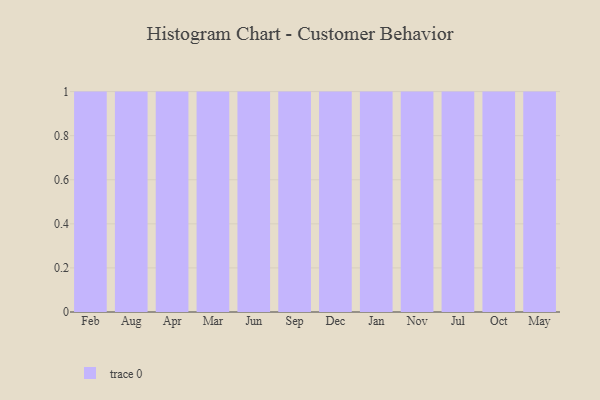
{"axis": {"x": "Month", "y": "Headcount"}, "legend": [""], "data": [{"x": "Feb", "y": 9, "type": ""}, {"x": "Aug", "y": 33, "type": ""}, {"x": "Apr", "y": 67, "type": ""}, {"x": "Mar", "y": 35, "type": ""}, {"x": "Jun", "y": 1, "type": ""}, {"x": "Sep", "y": 4, "type": ""}, {"x": "Dec", "y": 2, "type": ""}, {"x": "Jan", "y": 52, "type": ""}, {"x": "Nov", "y": 48, "type": ""}, {"x": "Jul", "y": 70, "type": ""}, {"x": "Oct", "y": 52, "type": ""}, {"x": "May", "y": 82, "type": ""}]}